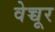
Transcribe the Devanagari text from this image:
वेच्चूर